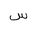
Letter: _sin